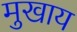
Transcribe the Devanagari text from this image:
मुखाय